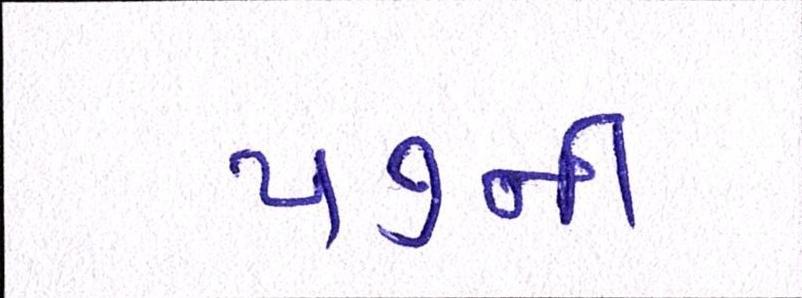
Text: ૫૭ની